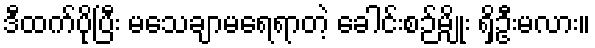
ဒီထက်ပိုပြီး မသေချာမရေရာတဲ့ ခေါင်းစဉ်မျိုး ရှိဦးမလား။